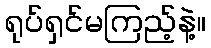
ရုပ်ရှင်မကြည့်နဲ့။